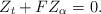
LaTeX: \begin{align*}Z_t + F Z_\alpha = 0.\end{align*}